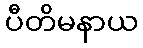
ပီတိမနာယ